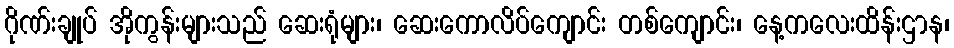
ဂိုဏ်းချုပ် အိုကွန်းများသည် ဆေးရုံများ၊ ဆေးကောလိပ်ကျောင်း တစ်ကျောင်း၊ နေ့ကလေးထိန်းဌာန၊